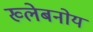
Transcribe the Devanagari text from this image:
ख्लेबनोय